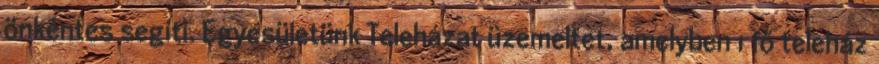
önkéntes segíti. Egyesületünk Teleházat üzemeltet, amelyben 1 fő teleház